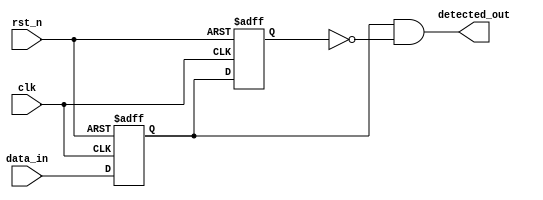
module dual_ff_detector (
    input wire clk,           // Clock input
    input wire rst_n,        // Asynchronous reset (active low)
    input wire data_in,      // Input data stream
    output reg detected_out   // Output signal indicating detection
);

// Internal signals for the flip-flops
reg ff1, ff2;

// Sequential logic for the dual flip-flops
always @(posedge clk or negedge rst_n) begin
    if (!rst_n) begin
        ff1 <= 1'b0; // Initialize FF1 to 0 on reset
        ff2 <= 1'b0; // Initialize FF2 to 0 on reset
    end else begin
        ff1 <= data_in; // Sample input signal into FF1
        ff2 <= ff1;      // Propagate FF1 output to FF2
    end
end

// Combinational logic for detection
always @(*) begin
    // Example detection logic: Detect rising edge
    detected_out = (ff1 && !ff2); // Output high if FF1 is 1 and FF2 is 0
end

endmodule